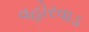
વહોરવાડ